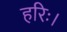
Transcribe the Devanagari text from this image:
हरिः।